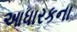
આધારકના